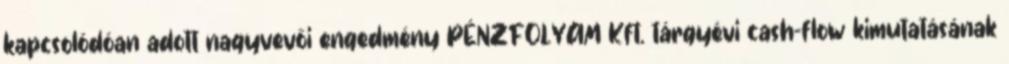
kapcsolódóan adott nagyvevői engedmény PÉNZFOLYAM Kft. tárgyévi cash-flow kimutatásának